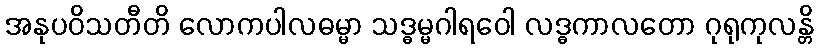
အနုပဝိသတီတိ လောကပါလဓမ္မာ သဒ္ဓမ္မဂါရဝေါ လဒ္ဓကာလတော ဂုရုကုလန္တိ